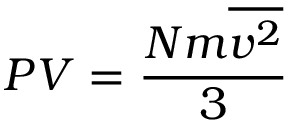
P V = { \frac { N m { \overline { { v ^ { 2 } } } } } { 3 } }